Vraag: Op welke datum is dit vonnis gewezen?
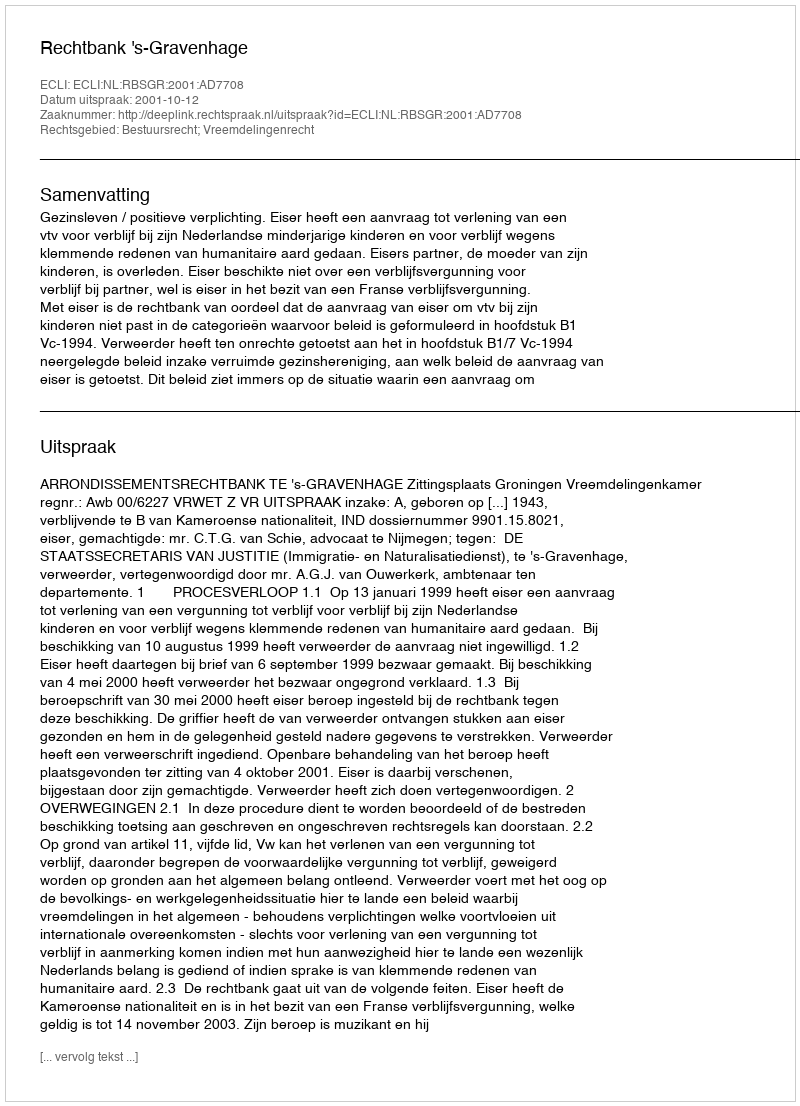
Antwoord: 2001-10-12